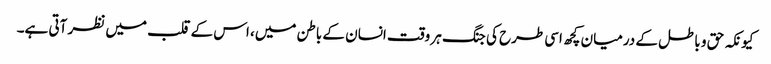
کیونکہ حق و باطل کے درمیان کچھ اسی طرح کی جنگ ہر وقت انسان کے باطن میں، اس کے قلب میں نظر آتی ہے۔